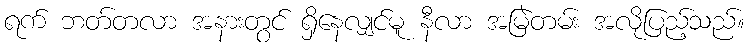
ရက် ဘတ်တလာ အနားတွင် ရှိနေလျှင်မူ နီလာ အမြဲတမ်း အလိုပြည့်သည်။